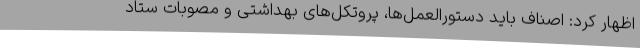
اظهار کرد: اصناف باید دستورالعمل‌ها، پروتکل‌های بهداشتی و مصوبات ستاد